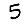
Digit: 5